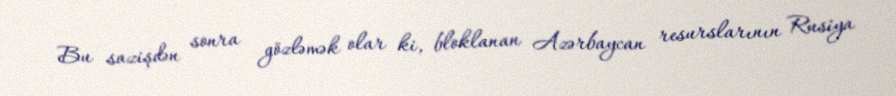
Bu sazişdən sonra gözləmək olar ki, bloklanan Azərbaycan resurslarının Rusiya